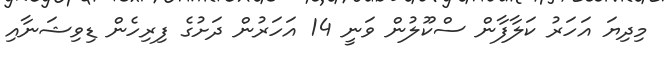
މިދިޔަ އަހަރު ކަލާފާން ސްކޫލުން ވަނީ 14 އަހަރުން ދަށުގެ ފިރިހެން ޑިވިޝަނާއި